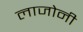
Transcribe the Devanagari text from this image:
लाजोनी